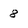
Character: 8